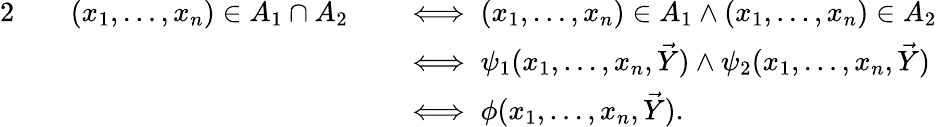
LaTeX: {\begin{array}{rlrl}{{2}\quad}&{(x_{1},\ldots,x_{n})\in A_{1}\cap A_{2}}&&{\iff(x_{1},\ldots,x_{n})\in A_{1}\land(x_{1},\ldots,x_{n})\in A_{2}}\\ &{}&&{\iff\psi_{1}(x_{1},\ldots,x_{n},{\vec{Y}})\land\psi_{2}(x_{1},\ldots,x_{n},{\vec{Y}})}\\ &{}&&{\iff\phi(x_{1},\ldots,x_{n},{\vec{Y}}).}\end{array}}